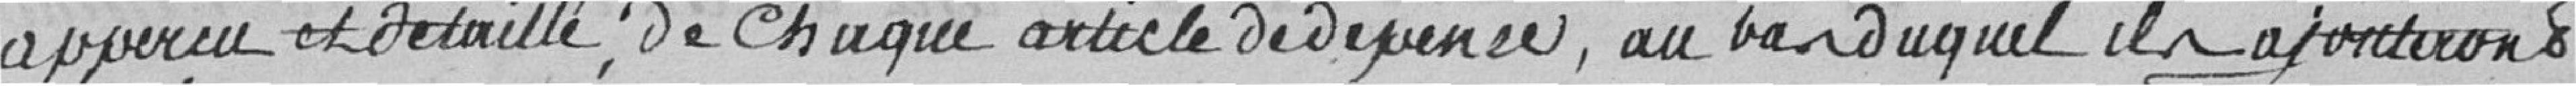
aperçu et détaillé de chaque article de dépense , au par duquel ils ajouteront